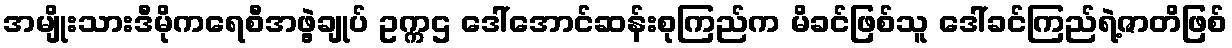
အမျိုးသားဒီမိုကရေစီအဖွဲ့ချုပ် ဥက္ကဌ ဒေါ်အောင်ဆန်းစုကြည်က မိခင်ဖြစ်သူ ဒေါ်ခင်ကြည်ရဲ့ဇာတိဖြစ်